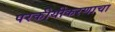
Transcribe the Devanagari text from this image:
परकीयीकरणाचा